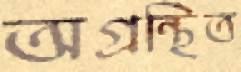
অগ্রন্থিত